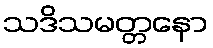
သဒိသမတ္တနော